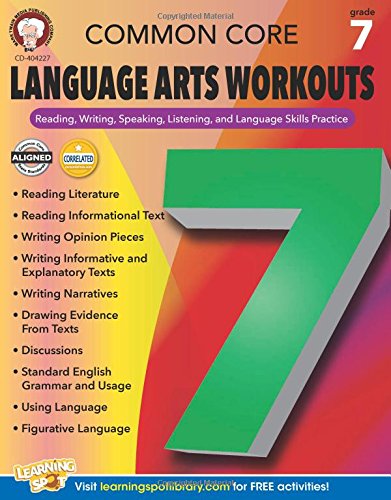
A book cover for Common Core Language Arts Workouts, Grade 7: Reading, Writing, Speaking, Listening, and Language Skills Practice; Linda Armstrong; Education & Teaching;